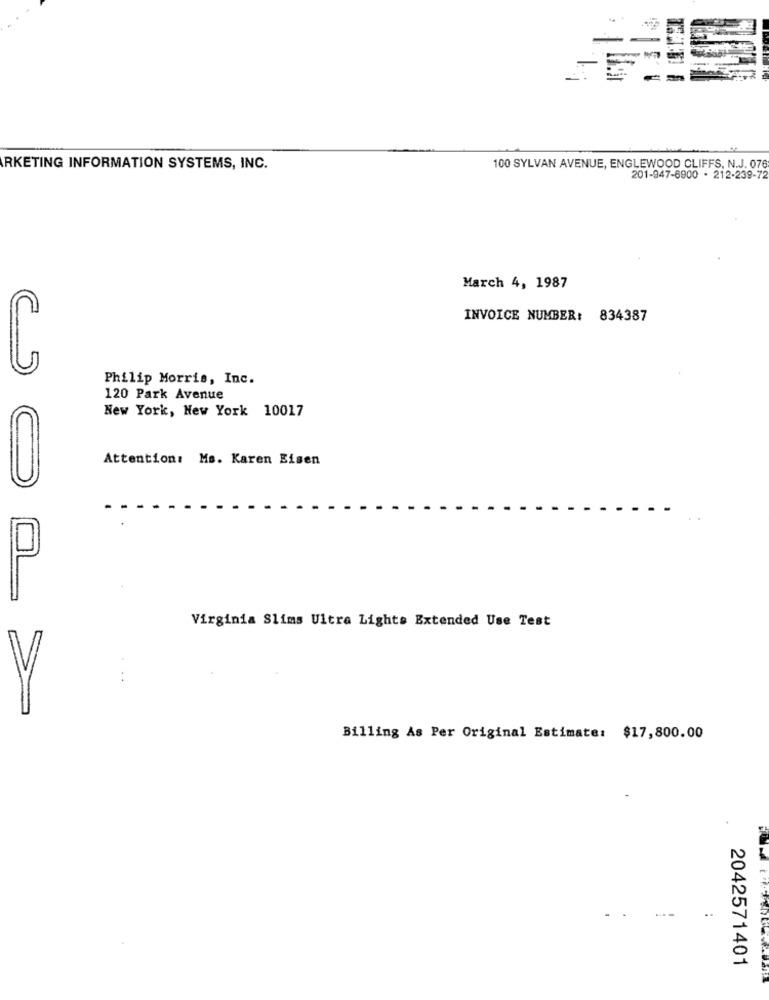
RKETING INFORMATION SYSTEMS, INC.
100 SYLVAN AVENUE, ENGLEWOOD CLIFFS, N.J. 076
201-947-6900 . 212-239-72
March 4, 1987
INVOICE NUMBER: 834387
Philip Morris, Inc.
120 Park Avenue
New York, New York 10017
Attention: Ms. Karen Eisen
Virginia Slims Ultra Lights Extended Use Test
V
Billing As Per Original Estimate: $17,800.00
..
2042571401